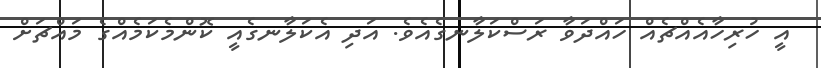
އީ ހުރިހާއެއްޗެއް ހައްދަވާ ރަސްކަލާނގެއެވެ. އަދި އެކަލާނގެއީ ކޮންމެކަމެއްގެ މައްޗަށް